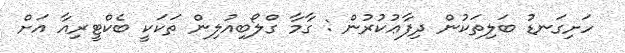
ހަށިގަނޑު ބަލިތަކުން ދިފާޢުކުރުން : ގާމާ ގްލޯބިއުލިން ތަކަކީ ބެކްޓީރިއާ އަށް